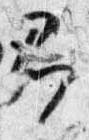
即